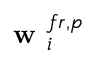
\textbf { w } _ { i } ^ { f r , p }